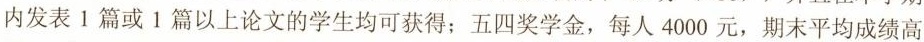
内发表1篇或1篇以上论文的学生均可获得；五四奖学金，每人4000元，期末平均成绩高